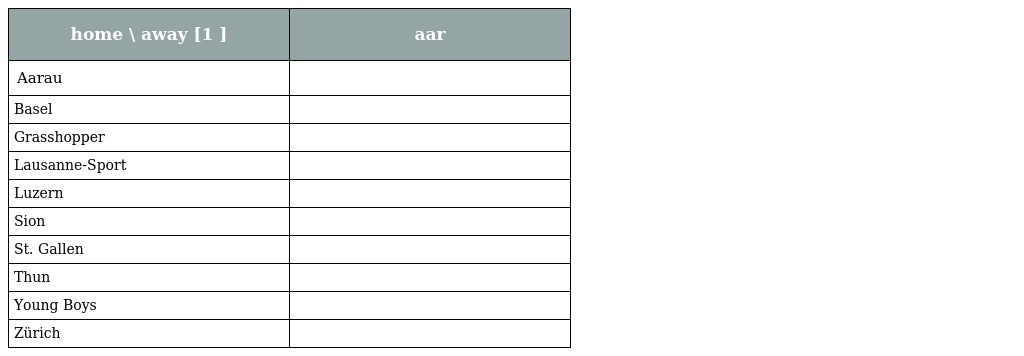
| home \ away [1 ] | aar |
 | --- | --- |
 | Aarau |  |
 | Basel |  |
 | Grasshopper |  |
 | Lausanne-Sport |  |
 | Luzern |  |
 | Sion |  |
 | St. Gallen |  |
 | Thun |  |
 | Young Boys |  |
 | Zürich |  |